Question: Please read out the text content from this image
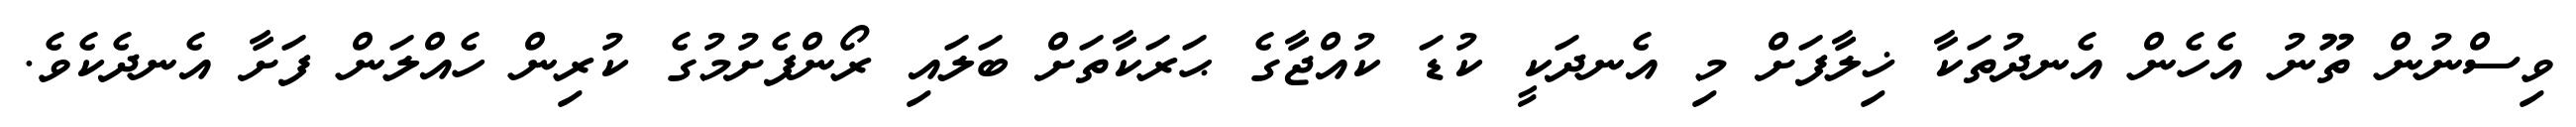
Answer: ވިސްނުން ތޫނު އެހެން އެނދުތަކާ ޚިލާފަށް މި އެނދަކީ ކުޑަ ކުއްޖާގެ ޙަރަކާތަށް ބަލައި ރޯންފެށުމުގެ ކުރިން ހެއްލަން ފަށާ އެނދެކެވެ.